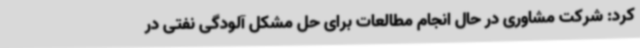
کرد: شرکت مشاوری در حال انجام مطالعات برای حل مشکل آلودگی نفتی در